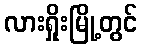
လားရှိုးမြို့တွင်